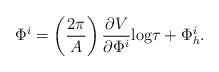
LaTeX: \begin{align*}\Phi^i = \left(\frac{2\pi}{ A}\right)\frac{\partial V}{ \partial \Phi^i} \mbox{log}\tau + \Phi^i_h . \end{align*}